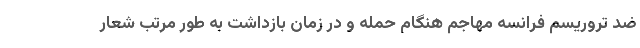
ضد تروریسم فرانسه مهاجم هنگام حمله و در زمان بازداشت به طور مرتب شعار